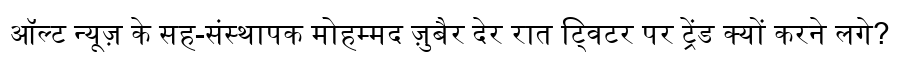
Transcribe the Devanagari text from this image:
ऑल्ट न्यूज़ के सह-संस्थापक मोहम्मद ज़ुबैर देर रात ट्विटर पर ट्रेंड क्यों करने लगे?